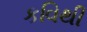
કવિથી